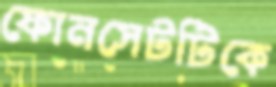
ফোনসেটটিকে